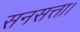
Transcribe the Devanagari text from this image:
सनसत्ता।